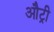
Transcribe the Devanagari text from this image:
औट्री